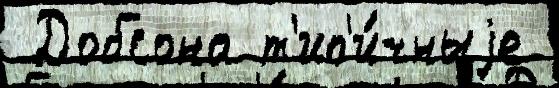
 Добсона т'ип'и́чныjе